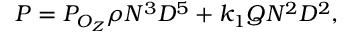
P = P _ { O _ { Z } } \rho N ^ { 3 } D ^ { 5 } + k _ { 1 } Q N ^ { 2 } D ^ { 2 } ,